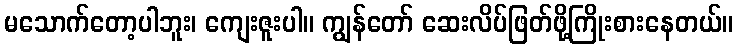
မသောက်တော့ပါဘူး၊ ကျေးဇူးပါ။ ကျွန်တော် ဆေးလိပ်ဖြတ်ဖို့ကြိုးစားနေတယ်။